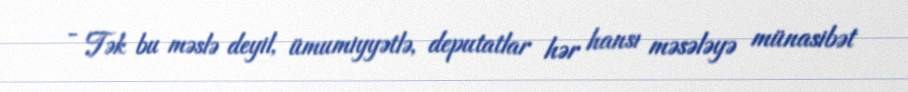
- Tək bu məslə deyil, ümumiyyətlə, deputatlar hər hansı məsələyə münasibət